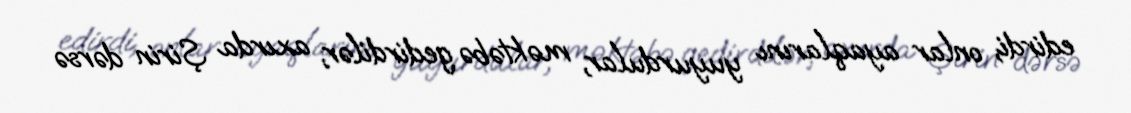
edirdi, onlar ayaqlarını yuyurdular, məktəbə gedirdilər, axırda Şirin dərsə